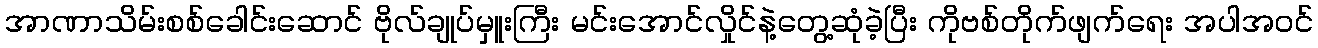
အာဏာသိမ်းစစ်ခေါင်းဆောင် ဗိုလ်ချုပ်မှူးကြီး မင်းအောင်လှိုင်နဲ့တွေ့ဆုံခဲ့ပြီး ကိုဗစ်တိုက်ဖျက်ရေး အပါအဝင်